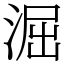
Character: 淈